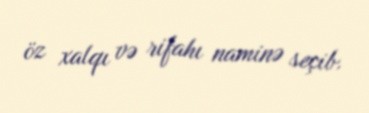
öz xalqı və rifahı naminə seçib.